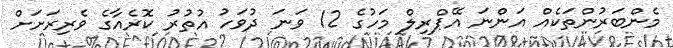
މެންބަރުންތަކެއް އަންނަ އޭޕްރިލް މަހުގެ 12 ވަނަ ދުވަހު އުތުރު ކޮރެއާގެ ވެރިރަށަށް